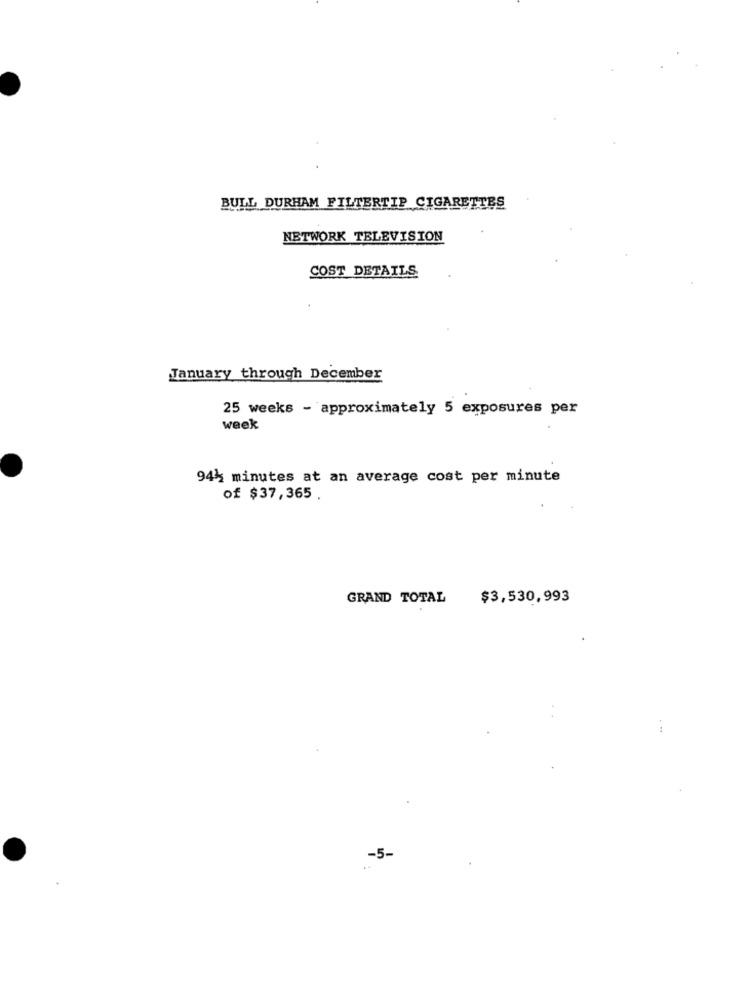
BULL DURHAM FILTERTIP CIGARETTES
NETWORK TELEVISION
COST DETAILS
January through December
25 weeks - approximately 5 exposures per
week
944 minutes at an average cost per minute
of $37,365 .
GRAND TOTAL
$3,530,993
-5-